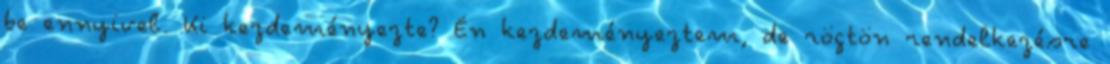
be ennyivel. Ki kezdeményezte? Én kezdeményeztem, de rögtön rendelkezésre